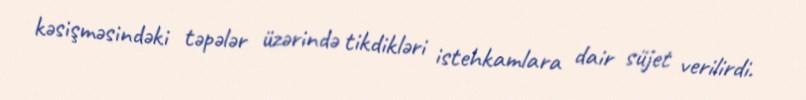
kəsişməsindəki təpələr üzərində tikdikləri istehkamlara dair süjet verilirdi.